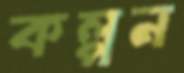
কল্পন